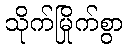
သိုက်မြိုက်စွာ